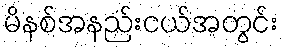
မိနစ်အနည်းငယ်အတွင်း